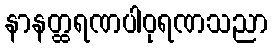
နာနတ္ထရဏပါဝုရဏသညာ